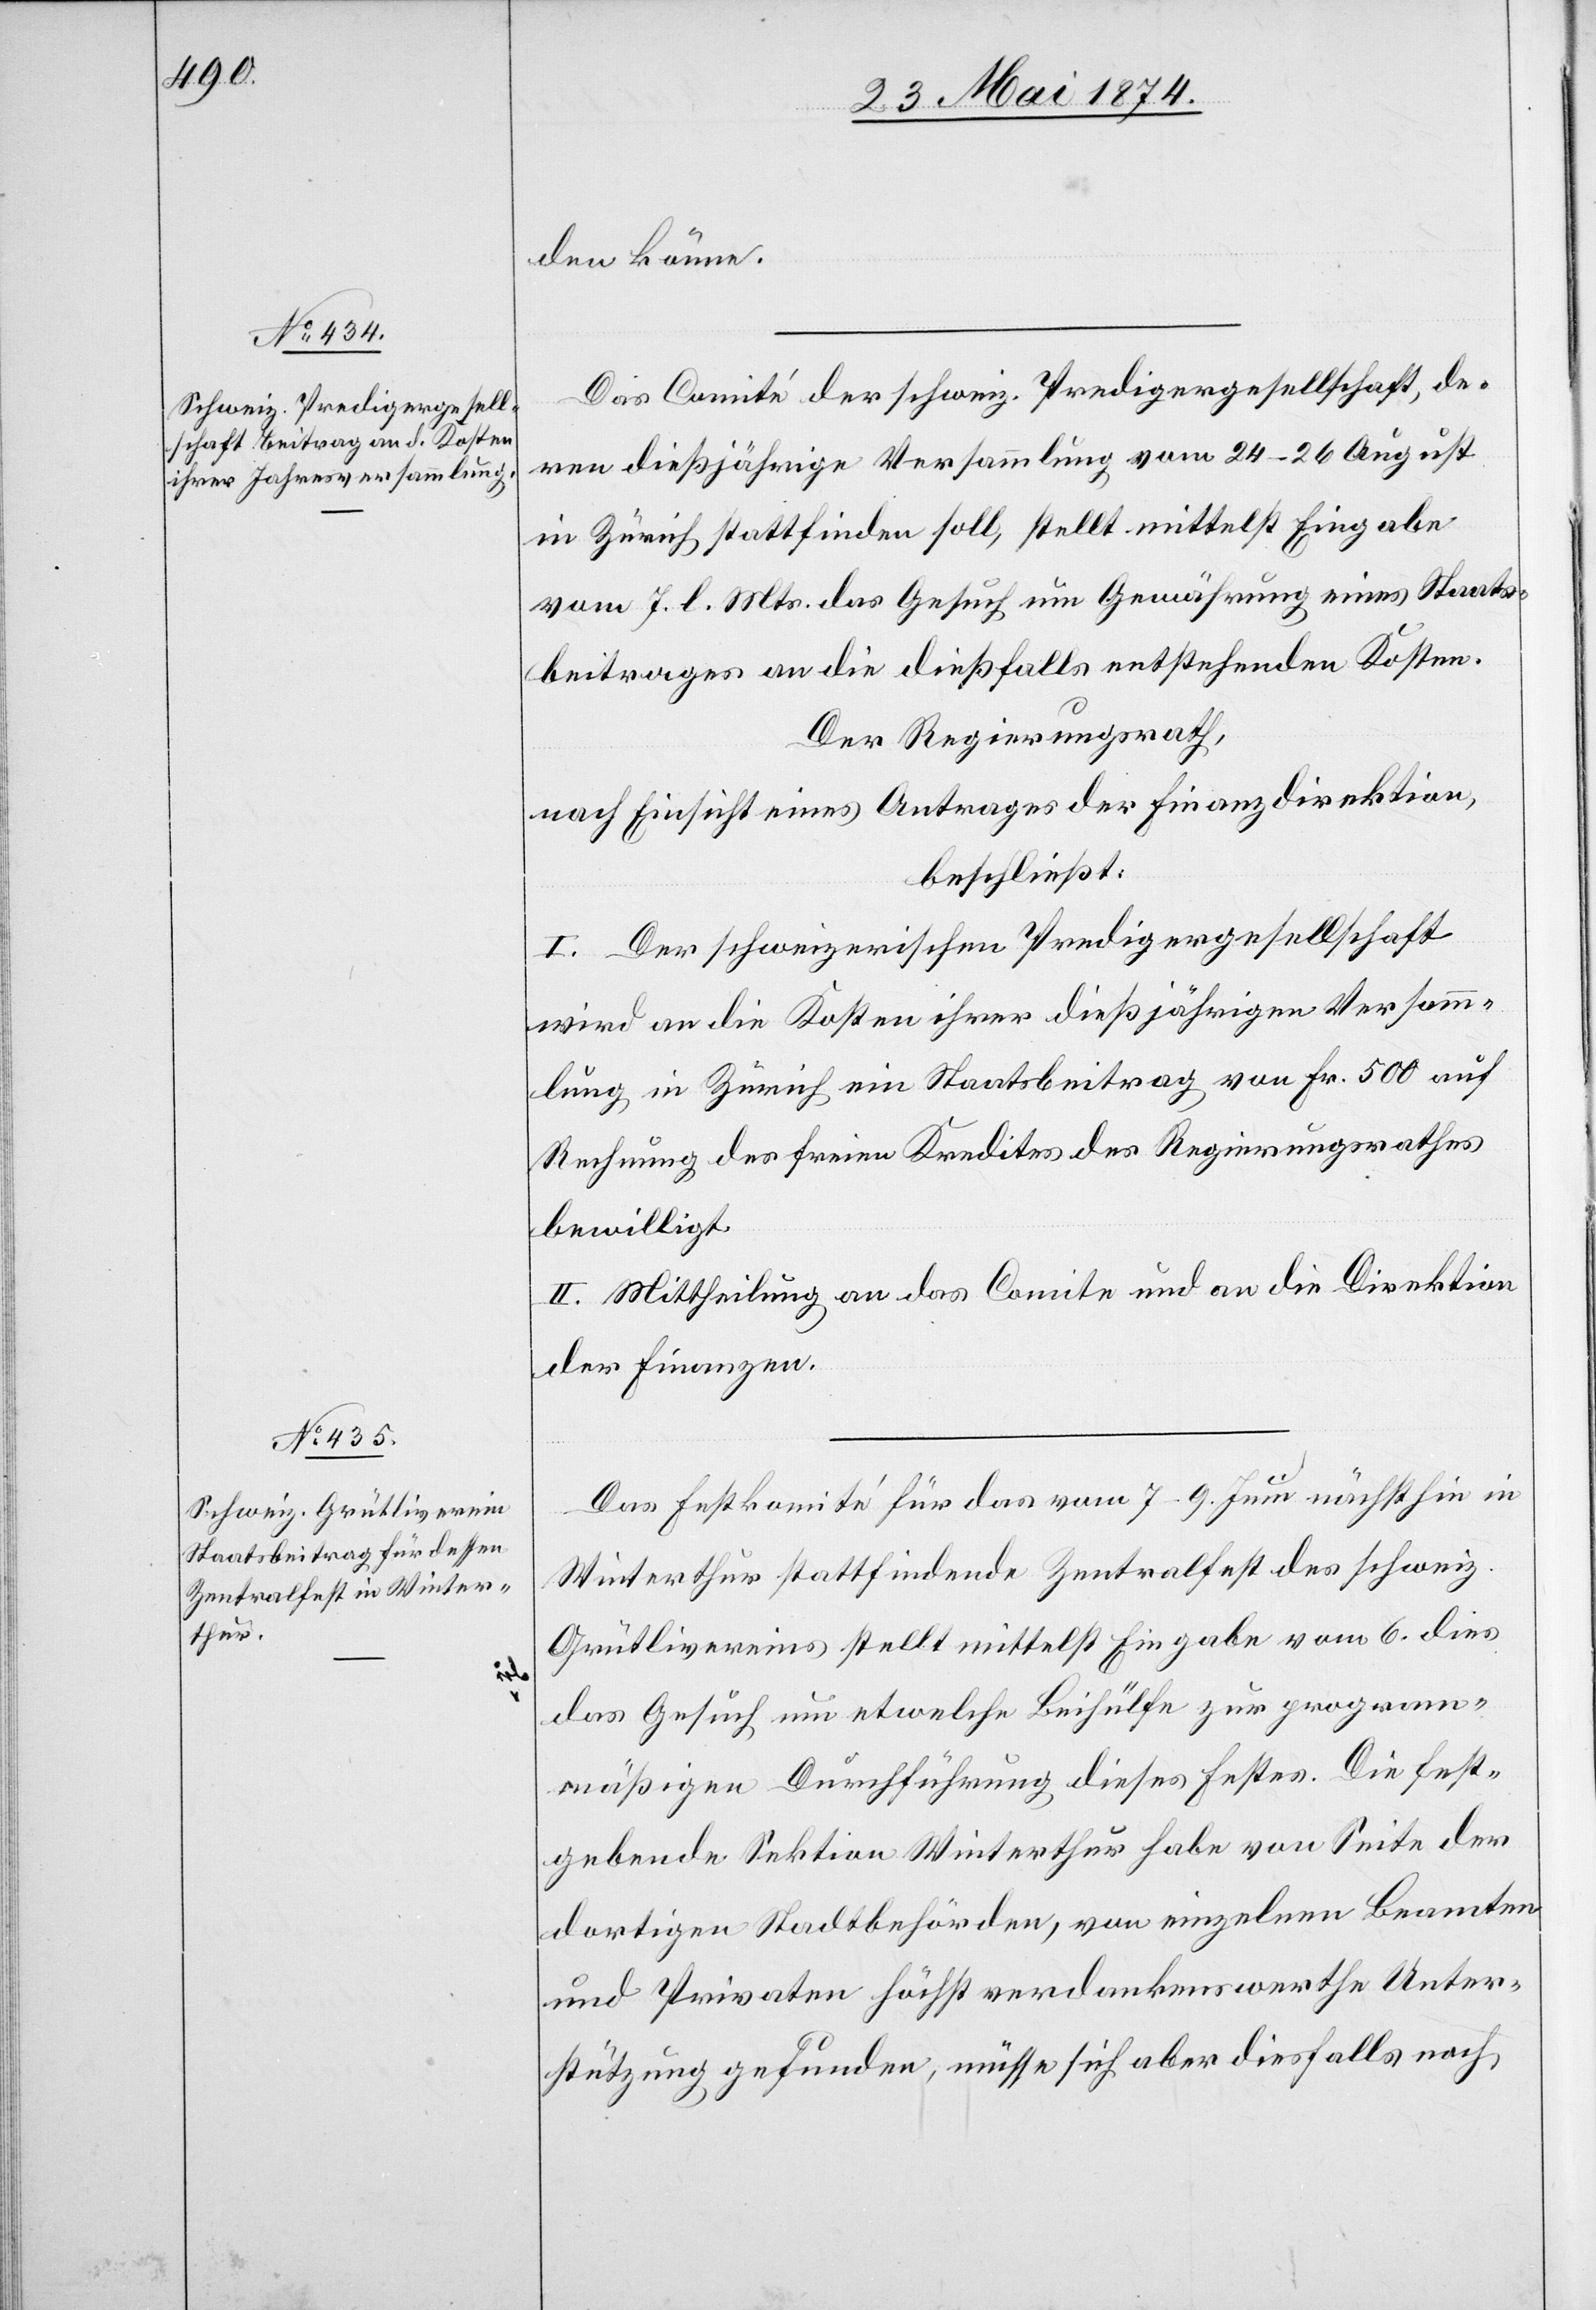
den könne.
Das Comité der schweiz. Predigergesellschaft, de¬
ren dießjährige Versammlung vom 24.–26. August
in Zürich stattfinden soll, stellt mittelst Eingabe
vom 7. l. Mts. das Gesuch um Gewährung eines Staats¬
beitrages an die dießfalls entstehenden Kosten.
Der Regierungsrath,
nach Einsicht eines Antrages der Finanzdirektion,
beschließt:
I. Der schweizerischen Predigergesellschaft
wird an die Kosten ihrer dießjährigen Versamm¬
lung in Zürich ein Staatsbeitrag von Fr. 500 auf
Rechnung des freien Kredites des Regierungsrathes
bewilligt.
II. Mittheilung an das Comite und an die Direktion
der Finanzen.
Das Festkomité für das vom 7.–9. Juni nächsthin in
Winterthur stattfindende Zentralfest des schweiz.
Grütlivereins stellt mittelst Eingabe vom 6. dies
das Gesuch um etwelche Beihülfe zur program¬
mäßigen Durchführung dieses Festes. Die fest¬
gebende Sektion Winterthur habe von Seite der
dortigen Stadtbehörden, von einzelnen Beamten
und Privaten höchst verdankenswerthe Unter¬
stützung gefunden, müsse sich aber diesfalls noch